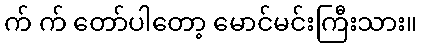
က် က် တော်ပါတော့ မောင်မင်းကြီးသား။